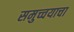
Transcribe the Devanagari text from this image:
समुच्चयाचा